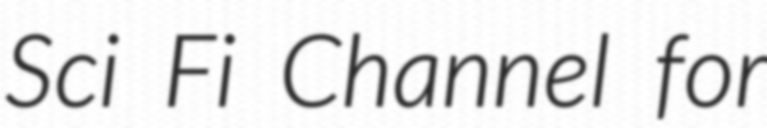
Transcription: Sci Fi Channel for